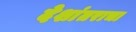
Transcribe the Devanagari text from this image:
देशांतराचा